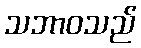
သဘာဝသည်